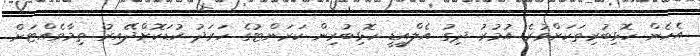
އެހެން ހޮޅިބުރިތަކަށްވުރެ އުމުރު ދިގު އެލްއީޑީ ހޮޅިބުރިން ކަރަންޓުގެ ހަރަދު ކުޑަކޮށްދޭއިރު ތިމާވެއްޓަށް